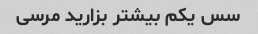
سس یکم بیشتر بزارید مرسی